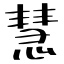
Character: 慧